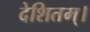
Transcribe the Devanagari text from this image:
देशितम्।